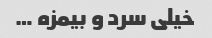
خیلی سرد و بیمزه …